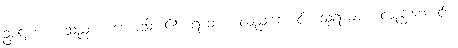
ဥပဋ္ဌကော၊ သည်။ အဟောသိ၊ ၏။ ရာဓာစ၊ လည်းကောင်း။ သုရာဓာစ၊ လည်းကောင်း။